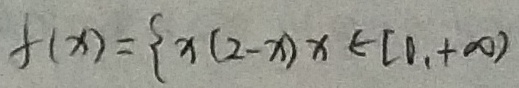
f ( x ) = \{ x ( 2 - x ) x \in [ 0 , + \infty )